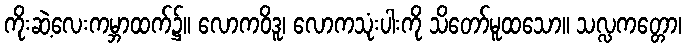
ကိုးဆဲ့လေးကမ္ဘာထက်၌။ လောကဝိဒူ၊ လောကသုံးပါးကို သိတော်မူထသော။ သလ္လကတ္တော၊